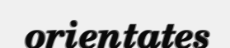
orientates